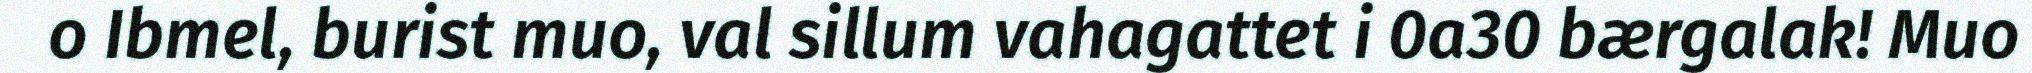
o Ibmel, burist muo, val sillum vahagattet i 0a30 bærgalak! Muo